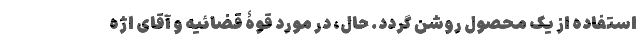
استفاده از یک محصول روشن گردد. حال، در موردِ قوۀ قضائیه و آقای اژه